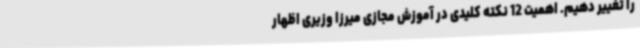
را تغییر دهیم. اهمیت 12 نکته کلیدی در آموزش مجازی میرزا وزیری اظهار